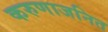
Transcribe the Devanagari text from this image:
करुणाजनित